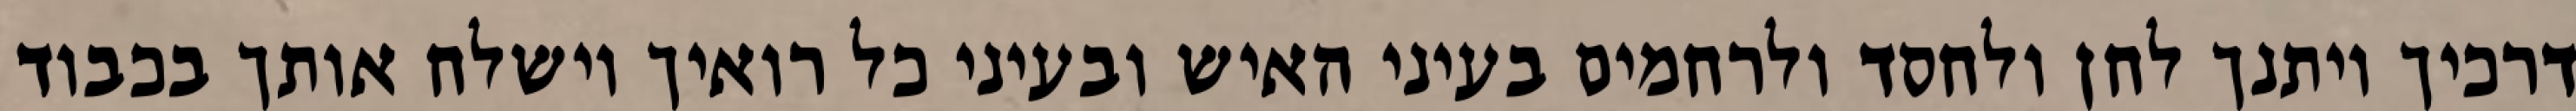
דרכיך ויתנך לחן ולחסד ולרחמים בעיני האיש ובעיני כל רואיך וישלח אותך בכבוד